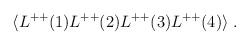
LaTeX: \begin{align*}\langle L^{++}(1)L^{++}(2)L^{++}(3)L^{++}(4)\rangle\;.\end{align*}